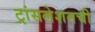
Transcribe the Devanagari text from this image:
ट्रांसलेशनची